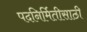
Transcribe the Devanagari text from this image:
पदनिर्मितीसाठी